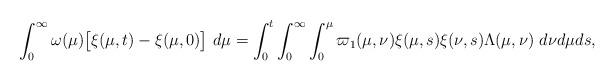
LaTeX: \begin{align*}\int_{0}^{\infty}\omega(\mu)\big[\xi(\mu,t)-\xi(\mu,0)\big]\ d\mu=\int_{0}^{t}\int_{0}^{\infty}\int_{0}^{\mu}\varpi_1(\mu, \nu) \xi(\mu,s)\xi(\nu,s)\Lambda(\mu,\nu)\ d\nu d\mu ds,\end{align*}